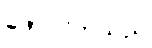
ဖော်ပြကြသည်